Leprosy in India: report of the Leprosy Commission in India, 1890-91
Year: 1890
Disease focus: Leprosy
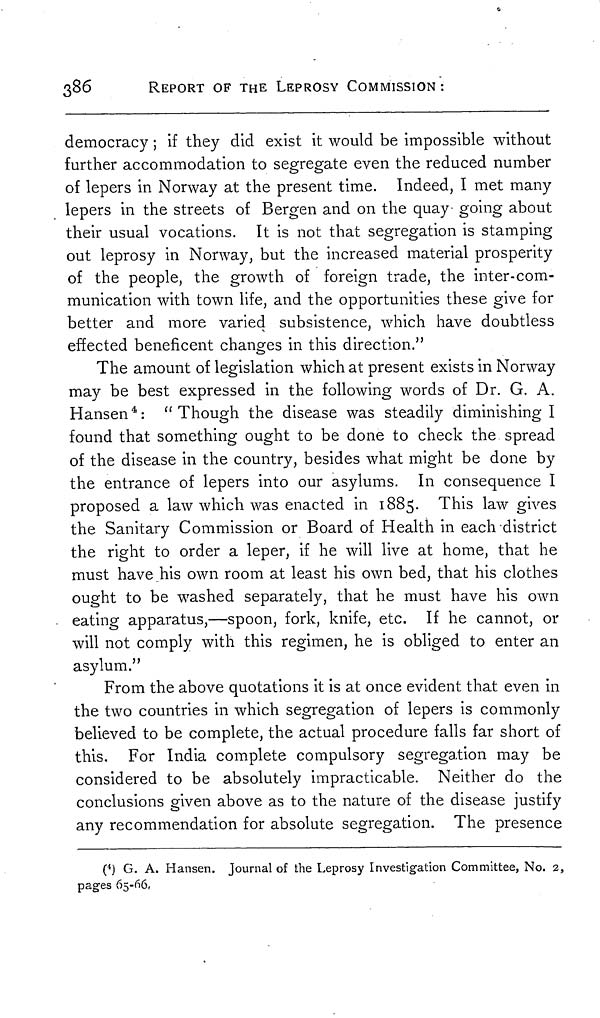
386
REPORT OF THE LEPROSY COMMISSION :
democracy ; if they did exist it would be impossible without
further accommodation to segregate even the reduced number
of lepers in Norway at the present time. Indeed, I met many
lepers in the streets of Bergen and on the quay going about
their usual vocations. It is not that segregation is stamping
out leprosy in Norway, but the increased material prosperity
of the people, the growth of foreign trade, the inter-com-
munication with town life, and the opportunities these give for
better and more varied subsistence, which have doubtless
effected beneficent changes in this direction."
The amount of legislation which at present exists in Norway
may be best expressed in the following words of Dr. G. A.
Hansen 4 : "Though the disease was steadily diminishing I
found that something ought to be done to check the spread
of the disease in the country, besides what might be done by
the entrance of lepers into our asylums. In consequence I
proposed a law which was enacted in 1885. This law gives
the Sanitary Commission or Board of Health in each district
the right to order a leper, if he will live at home, that he
must have his own room at least his own bed, that his clothes
ought to be washed separately, that he must have his own
eating apparatus,—spoon, fork, knife, etc. If he cannot, or
will not comply with this regimen, he is obliged to enter an
asylum."
From the above quotations it is at once evident that even in
the two countries in which segregation of lepers is commonly
believed to be complete, the actual procedure falls far short of
this. For India complete compulsory segregation may be
considered to be absolutely impracticable. Neither do the
conclusions given above as to the nature of the disease justify
any recommendation for absolute segregation. The presence
( 4 ) G. A. Hansen. Journal of the Leprosy Investigation Committee, No. 2,
pages 65-66,